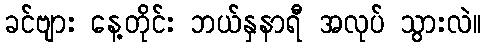
ခင်ဗျား နေ့တိုင်း ဘယ်နှနာရီ အလုပ် သွားလဲ။